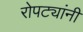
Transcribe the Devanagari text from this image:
रोपट्यांनी